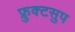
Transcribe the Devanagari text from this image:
फ्रुक्टसुप